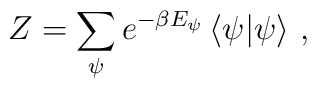
Z=\sum_{\psi }e^{-\beta E_{\psi }}\left\langle \psi |\psi \right\rangle \,,